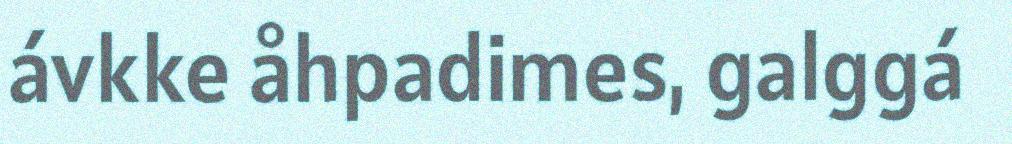
ávkke åhpadimes, galggá